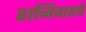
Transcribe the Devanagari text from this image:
शनिवारचे